Annual administration report of the Civil Veterinary Department of India - 1895-1896
Year: 1895
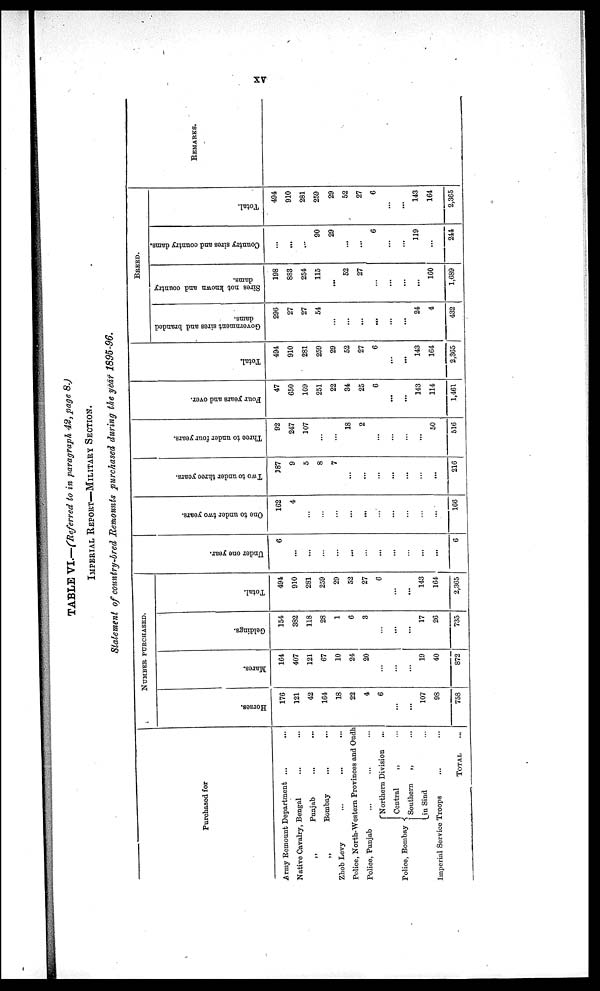
xv
TABLE VI.—(Referred to in paragraph 42, page 8.)
IMPERIAL REPORT—MILITARY SECTION.
Statement of country-bred Remounts purchased during the year 1895-96.
Purchased for
Army Remount Department ... ...
Native Cavalry, Bengal ... ...
„
Punjab ... ...
„
Bombay ... ...
Zhob Levy
...
... ...
Police, North-Western Provinces and Oudh
Police, Punjab ... ... ...
Police, Bombay
Northern Division ...
Central
„ ...
Southern „ ...
in Sind ...
Imperial Service Troops ... ...
TOTAL ...
NUMBER PURCHASED.
Horses.
176
121
42
164
18
22
4
6
...
...
107
98
758
Mares.
164
407
121
67
10
24
20
...
...
...
19
40
872
Geldings.
154
382
118
28
1
6
3
...
...
...
17
26
735
Total.
494
910
281
259
29
52
27
6
...
...
143
164
2,365
Unde r one year .
6
...
...
...
...
...
...
...
...
...
...
...
6
One to under t wo years.
162
4
...
...
...
...
...
...
...
...
...
...
166
Two to under three years.
187
9
5
8
7
...
...
...
...
...
...
216
Thr ee to under f our years.
92
247
107
...
...
18
2
...
...
...
...
50
516
Four years and over .
47
650
169
251
22
34
25
6
...
...
143
114
1,461
Tot al .
494
910
281
259
29
52
27
6
...
...
143
164
2,365
BREED.
Government sires and branded
dams.
296
27
27
54
...
...
...
...
...
...
24
4
432
Sixes not known and country
dams.
198
883
254
115
...
52
27
...
...
...
...
160
1,689
Country sires and country dams.
...
...
...
90
29
...
...
6
...
...
119
...
244
Total.
494
910
281
259
29
52
27
6
...
...
143
164
2,365
REMARKS.